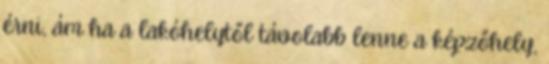
érni, ám ha a lakóhelytől távolabb lenne a képzőhely,